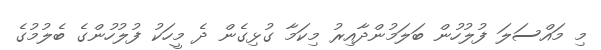
މި މައްސަލަ ފުލުހުން ބަލަމުންދާއިރު މިކަމާ ގުޅިގެން ދެ މީހަކު ފުލުހުންގެ ބެލުމުގެ